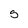
Character: s